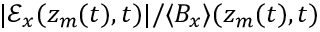
| \mathcal { E } _ { x } ( z _ { m } ( t ) , t ) | / \langle B _ { x } \rangle ( z _ { m } ( t ) , t )